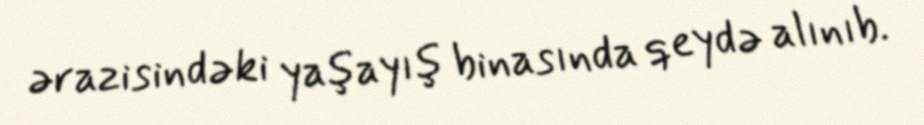
ərazisindəki yaşayış binasında qeydə alınıb.